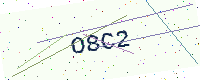
Text: O8C2